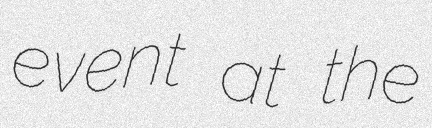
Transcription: event at the